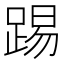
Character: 踢